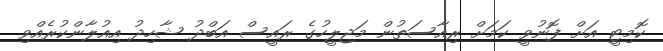
ކޮމިޓީ އަށް ފޮނުވީ ކަމަށް ރިއާސަތުން މަޖިލީހުގެ ރައީސް އަބްދު ޝާހިދު އިއުލާންކުރެއްވި